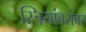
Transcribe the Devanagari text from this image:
स्त्रियांबरोबर